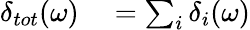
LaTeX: \begin{array}{rl}{\delta_{tot}(\omega)}&{{}=\sum_{i}\delta_{i}(\omega)}\end{array}